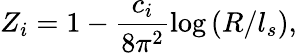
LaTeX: Z_{i}=1-\frac{c_{i}}{8\pi^{2}}\mathrm{log}\left(R/l_{s}\right),